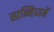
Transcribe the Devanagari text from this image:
सान्निध्‍यमें